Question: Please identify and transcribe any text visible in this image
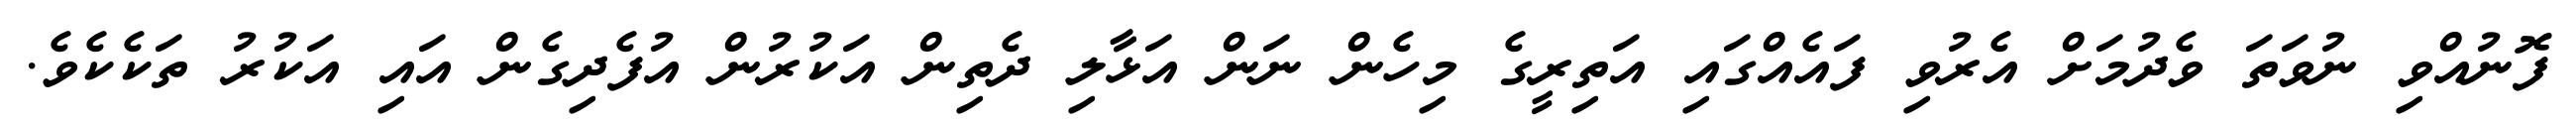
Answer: ފޮނުއްވި ނުވަތަ ވެދުމަށް އެރުވި ފައެއްގައި އަތިރީގެ މިހެން ނަން އަޅާލި ދެތިން އަކުރުން އުފެދިގެން އައި އަކުރު ތަކެކެވެ.